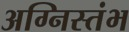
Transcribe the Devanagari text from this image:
अग्निस्तंभ